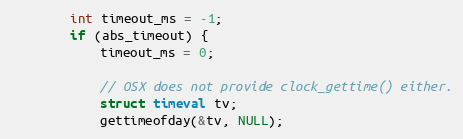
Language: C
        int timeout_ms = -1;
        if (abs_timeout) {
            timeout_ms = 0;

            // OSX does not provide clock_gettime() either.
            struct timeval tv;
            gettimeofday(&tv, NULL);